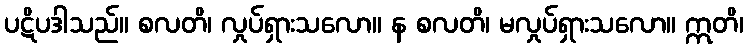
ပဋိပဒါသည်။ စလတိ၊ လှုပ်ရှားသလော။ န စလတိ၊ မလှုပ်ရှားသလော။ ဣတိ၊